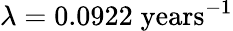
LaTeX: \lambda=0.0922\; \textrm{years}^{-1}